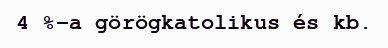
4 %-a görögkatolikus és kb.